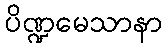
ပိဏ္ဍမေသာနာ